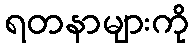
ရတနာများကို